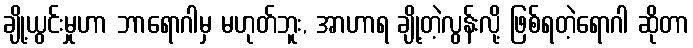
ချို့ယွင်းမှုဟာ ဘာရောဂါမှ မဟုတ်ဘူး, အာဟာရ ချို့တဲ့လွန်းလို့ ဖြစ်ရတဲ့ရောဂါ ဆိုတာ